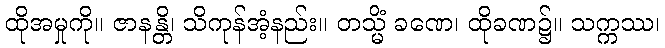
ထိုအမှုကို။ ဇာနန္တိ၊ သိကုန်အံ့နည်း။ တသ္မိံ ခဏေ၊ ထိုခဏ၌။ သက္ကဿ၊